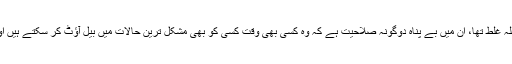
انھوں نے یہ باور کروا دیا کہ ان کو سائیڈ لائن کرنے کا فیصلہ غلط تھا، ان میں بے پناہ دوگونہ صلاحیت ہے کہ وہ کسی بھی وقت کسی کو بھی مشکل ترین حالات میں بیل آؤٹ کر سکتے ہیں اور ایک پیج پر ہونے کے باوجود ناکوں چنے چبوا سکتے ہیں۔